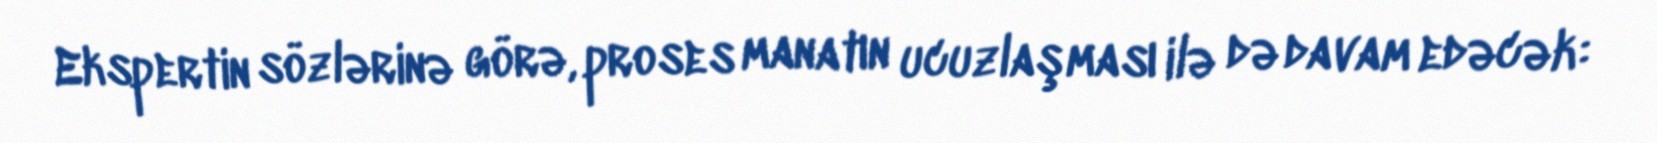
Ekspertin sözlərinə görə, proses manatın ucuzlaşması ilə də davam edəcək: